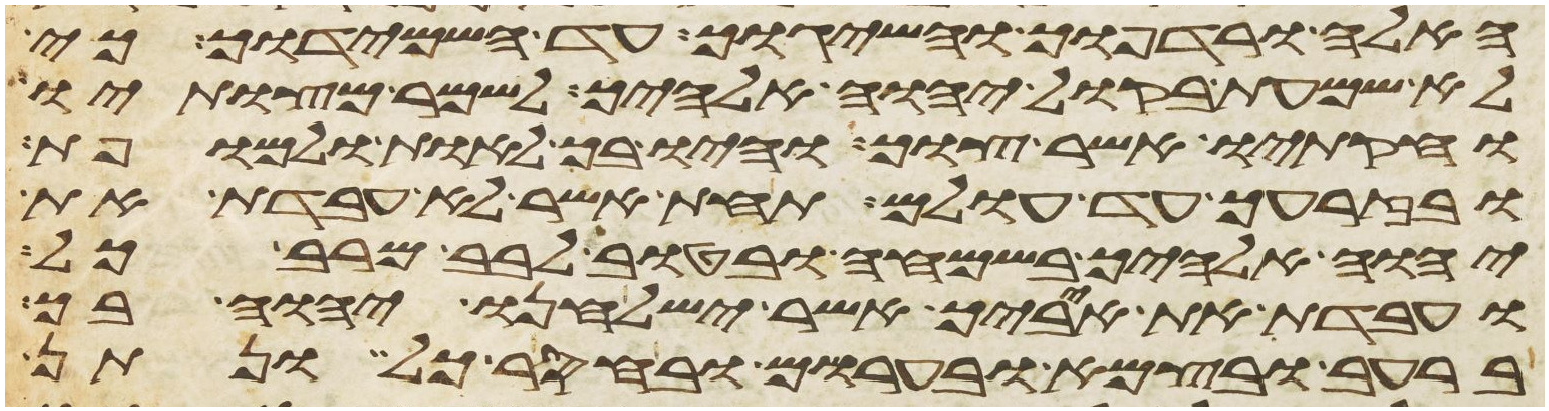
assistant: האלה ורדפוך והשיגוך עד השמידוך כי
לא שמעת בקול יהוה אלהיך לשמר מצותיו
וחקתיו אשר צוך והיו בך לאות ולמופת
ובזרעך עד עולם תחת אשר לא עבדת את
יהוה אלהיך בשמחה ובטוב לבב מרב כל
ועבדת את איביך אשר ישלחנו יהוה בך
ברעב ובצמא ובערום ובחסר כל ונתן